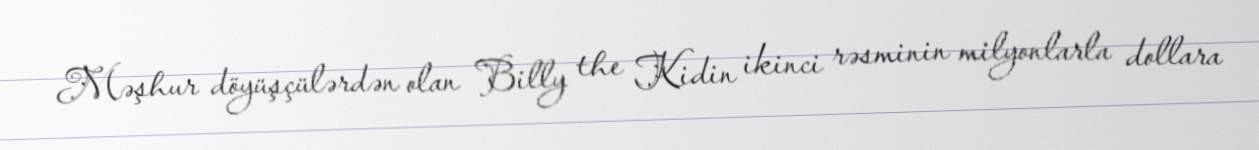
Məşhur döyüşçülərdən olan Billy the Kidin ikinci rəsminin milyonlarla dollara